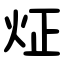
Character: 炡